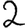
Digit: 2